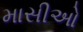
માસીઓ